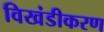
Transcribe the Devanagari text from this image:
विखंडीकरण